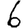
Digit: 6